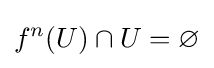
f^{n}(U)\cap U=\varnothing